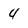
Character: 4